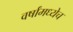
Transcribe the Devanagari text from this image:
वर्षांमध्येच